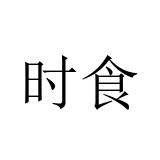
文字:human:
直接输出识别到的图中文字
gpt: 时食